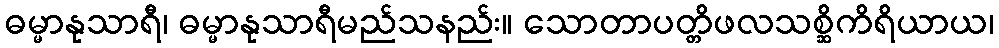
ဓမ္မာနုသာရီ၊ ဓမ္မာနုသာရီမည်သနည်း။ သောတာပတ္တိဖလသစ္ဆိကိရိယာယ၊